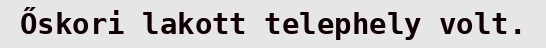
Őskori lakott telephely volt.